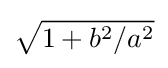
{\sqrt {1+b^{2}/a^{2}}}